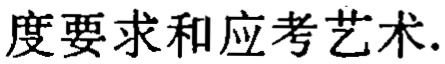
度要求和应考艺术.